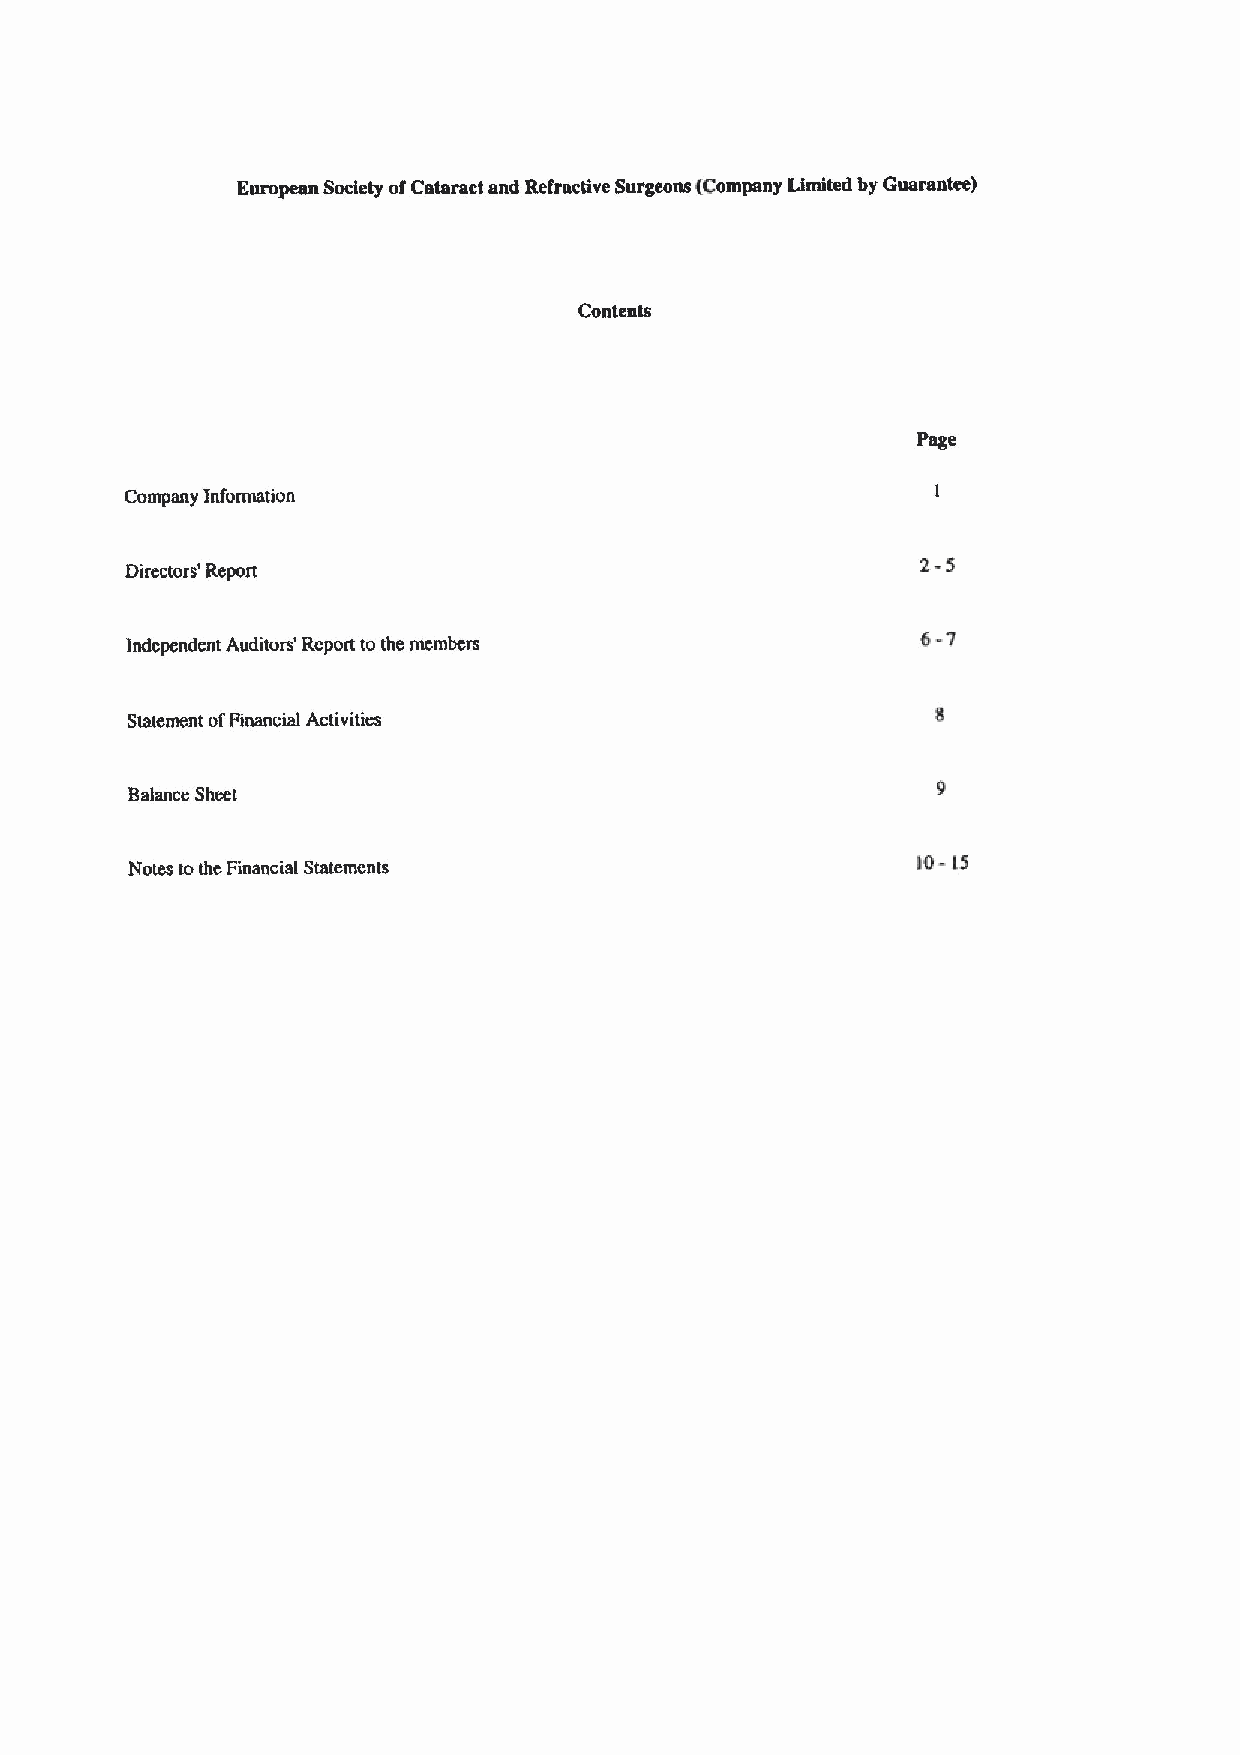
European Society ofCataract and Refractive Surgeons (Company Limited by Guarantee)
 Contents
 Page
 Company Information
 2-6
 Directors' Report
 6-7
 Independent Auditors' Rcport to the members
 Statement ofFinancial Activities
 Balance Sheet
 Notes tothe Financial Statements                     ftI- 15